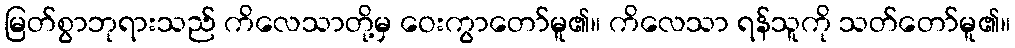
မြတ်စွာဘုရားသည် ကိလေသာတို့မှ ဝေးကွာတော်မူ၏။ ကိလေသာ ရန်သူကို သတ်တော်မူ၏။